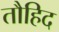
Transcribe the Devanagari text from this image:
तौहिद